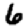
Digit: 6